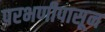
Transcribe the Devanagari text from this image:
परभणीपासून